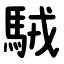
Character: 駥